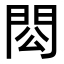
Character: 𨳗